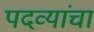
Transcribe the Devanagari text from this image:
पदव्यांचा